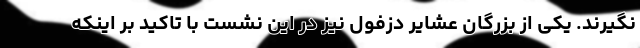
نگیرند. یکی از بزرگان عشایر دزفول نیز در این نشست با تاکید بر اینکه